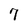
Character: 7